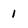
Character: 1